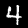
Label: 4